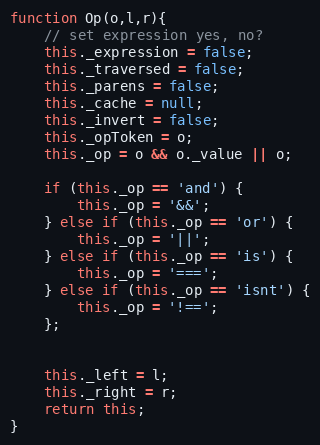
Language: JavaScript
function Op(o,l,r){
	// set expression yes, no?
	this._expression = false;
	this._traversed = false;
	this._parens = false;
	this._cache = null;
	this._invert = false;
	this._opToken = o;
	this._op = o && o._value || o;

	if (this._op == 'and') {
		this._op = '&&';
	} else if (this._op == 'or') {
		this._op = '||';
	} else if (this._op == 'is') {
		this._op = '===';
	} else if (this._op == 'isnt') {
		this._op = '!==';
	};

	this._left = l;
	this._right = r;
	return this;
}